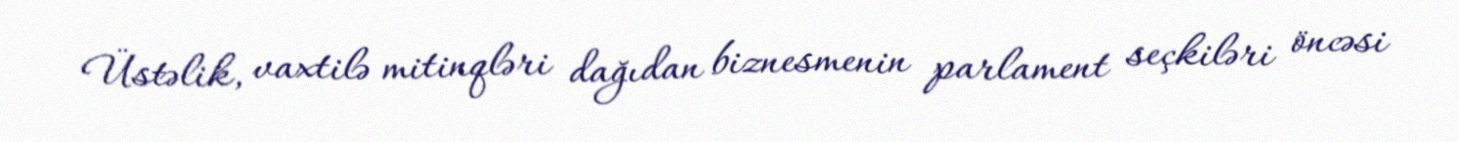
Üstəlik, vaxtilə mitinqləri dağıdan biznesmenin parlament seçkiləri öncəsi